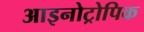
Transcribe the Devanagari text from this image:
आइनोट्रोपिक